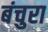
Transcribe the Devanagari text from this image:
बंचुरा